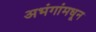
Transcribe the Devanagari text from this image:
अभंगांमधून